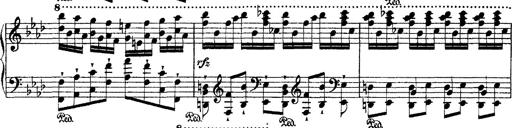
Title: Ã‰tudes d'exÃ©cution transcendante d'aprÃ¨s Paganini
Composer: Franz Liszt